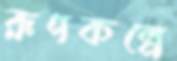
রূপকল্পে